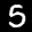
Label: 5